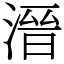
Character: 溍